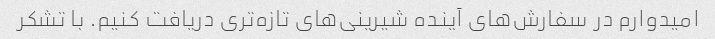
امیدوارم در سفارش‌های آینده شیرینی‌های تازه‌تری دریافت کنیم. با تشکر